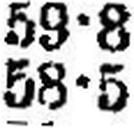
58•5